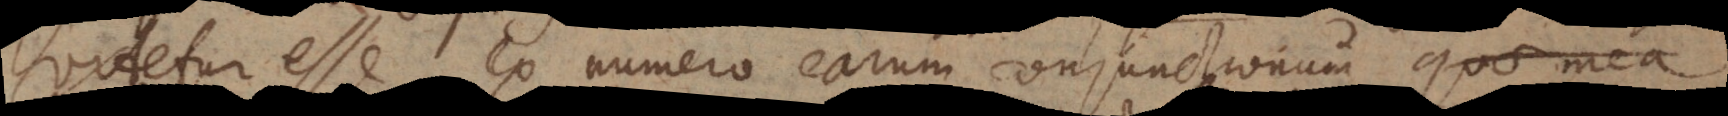
videtur esse ex numero earum conjunctionum quae mea